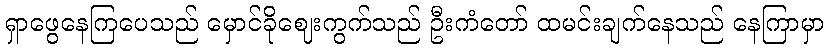
ရှာဖွေနေကြပေသည် မှောင်ခိုဈေးကွက်သည် ဦးကံတော် ထမင်းချက်နေသည် နေကြာမှာ